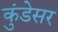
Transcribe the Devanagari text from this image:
कुंडेसर